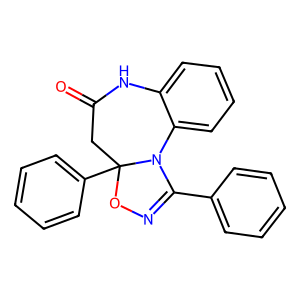
SMILES: O=C1CC2(c3ccccc3)ON=C(c3ccccc3)N2c2ccccc2N1
Inhibits HIV replication: No